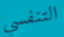
التنفسي